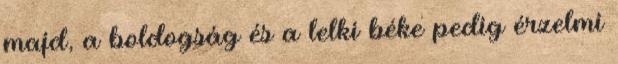
majd, a boldogság és a lelki béke pedig érzelmi